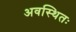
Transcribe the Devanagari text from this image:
अवस्थितः